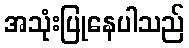
အသုံးပြုနေပါသည်